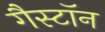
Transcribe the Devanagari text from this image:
गैस्टॉन